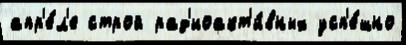
апр'е́л'е строй рад'иоакт'и́вных усп'е́шно